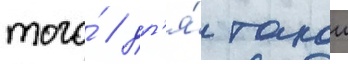
того́ / дл'я́ такои